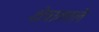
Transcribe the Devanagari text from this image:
क्षेत्राततले